system: You are a helpful assistant.
user:
Analyze the provided spectrum to determine if it is a **S-type Star**.

- **Key Indicators for S-type Star:**

    - **(Overall Spectrum Shape):** The first and most obvious characteristic is the overall continuum (the "baseline" shape). It is **extremely "red-sloping,"** meaning the flux (light intensity) is very low on the left side (blue, ~4000-4500 Å) and rises steeply and continuously toward the right side (red, ~7000 Å+).

    - **(Primary):** The spectrum is defined by the presence of strong, broad molecular absorption "valleys" (bands) from **Zirconium Oxide (ZrO)**. The identification of these bands is the **primary requirement** for classifying a star as S-type.
        - **(Key Bandheads):** You must find distinct, deep "dips" where the light has been absorbed. The most critical band systems to locate are:
            - **~6474 Å** ($\gamma$-system): This is often the strongest and clearest ZrO feature, found in the red part of the spectrum.
            - **~5718 Å** & **~5551 Å** ($\beta$-system): A pair of prominent absorption features in the yellow-orange part of the spectrum.
            - **~4640 Å** ($\alpha$-system): A key absorption band system in the blue-green region of the spectrum.

    - **(Secondary Confirmation):** The classification is strengthened by finding additional absorption bands from other related heavy element oxides, which are expected to be present alongside ZrO.
        - **(Key Bandheads):**
            - **Yttrium Oxide (YO):** Look for absorption dips near **~4800 Å** and **~6100 Å**.
            - **Lanthanum Oxide (LaO):** Additional absorption features, particularly in the red-orange part of the spectrum, are also characteristic.

    - **(Line Profile):** The combination of the steep red continuum and these numerous, deep molecular bands (ZrO, YO, etc.) gives the entire spectrum a very **"chopped-up"** or **"bumpy"** appearance. Instead of a smooth curve, the spectrum looks as though large, wide chunks of light have been "carved out" of it at the specific wavelengths listed above.

Think first, call **spectral_visualization_tool** if needed to examine features in detail, then provide your final answer. Your response must adhere to the following strict rules:
1.  **Overall Structure:** Your response must follow the format `<think>...</think> <tool_call>...</tool_call> (if a tool is used) <answer>...</answer>`.
2.  **Tool Usage Constraint:** You may only make **one** tool call per turn.
3.  **Final Answer Format:** In the `<answer>` tag, your conclusion must be inside a `\boxed{}` command (e.g., `\boxed{YES}` or `\boxed{NO}`), followed by your justification.

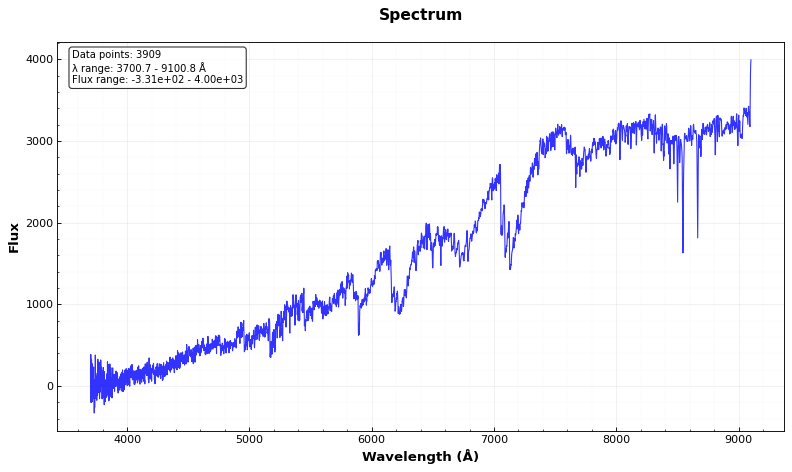
Answer: YES